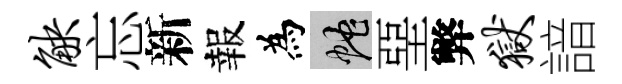
觖忘新報為蛇堊弊狱諳